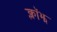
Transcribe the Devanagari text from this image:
क्लॉझ